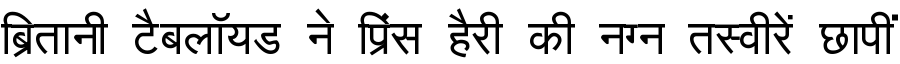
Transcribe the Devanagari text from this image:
ब्रितानी टैबलॉयड ने प्रिंस हैरी की नग्न तस्वीरें छापीं